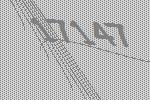
17147